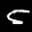
Label: 5